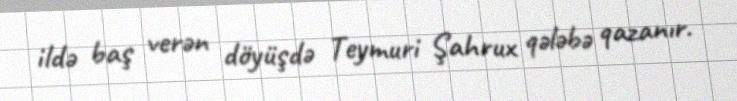
ildə baş verən döyüşdə Teymuri Şahrux qələbə qazanır.